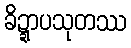
ခိဍ္ဍာပသုတဿ